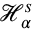
\mathcal { H } _ { \alpha } ^ { s }